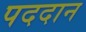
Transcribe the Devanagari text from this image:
पददान